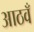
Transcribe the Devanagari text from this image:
आठवँ